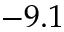
- 9 . 1